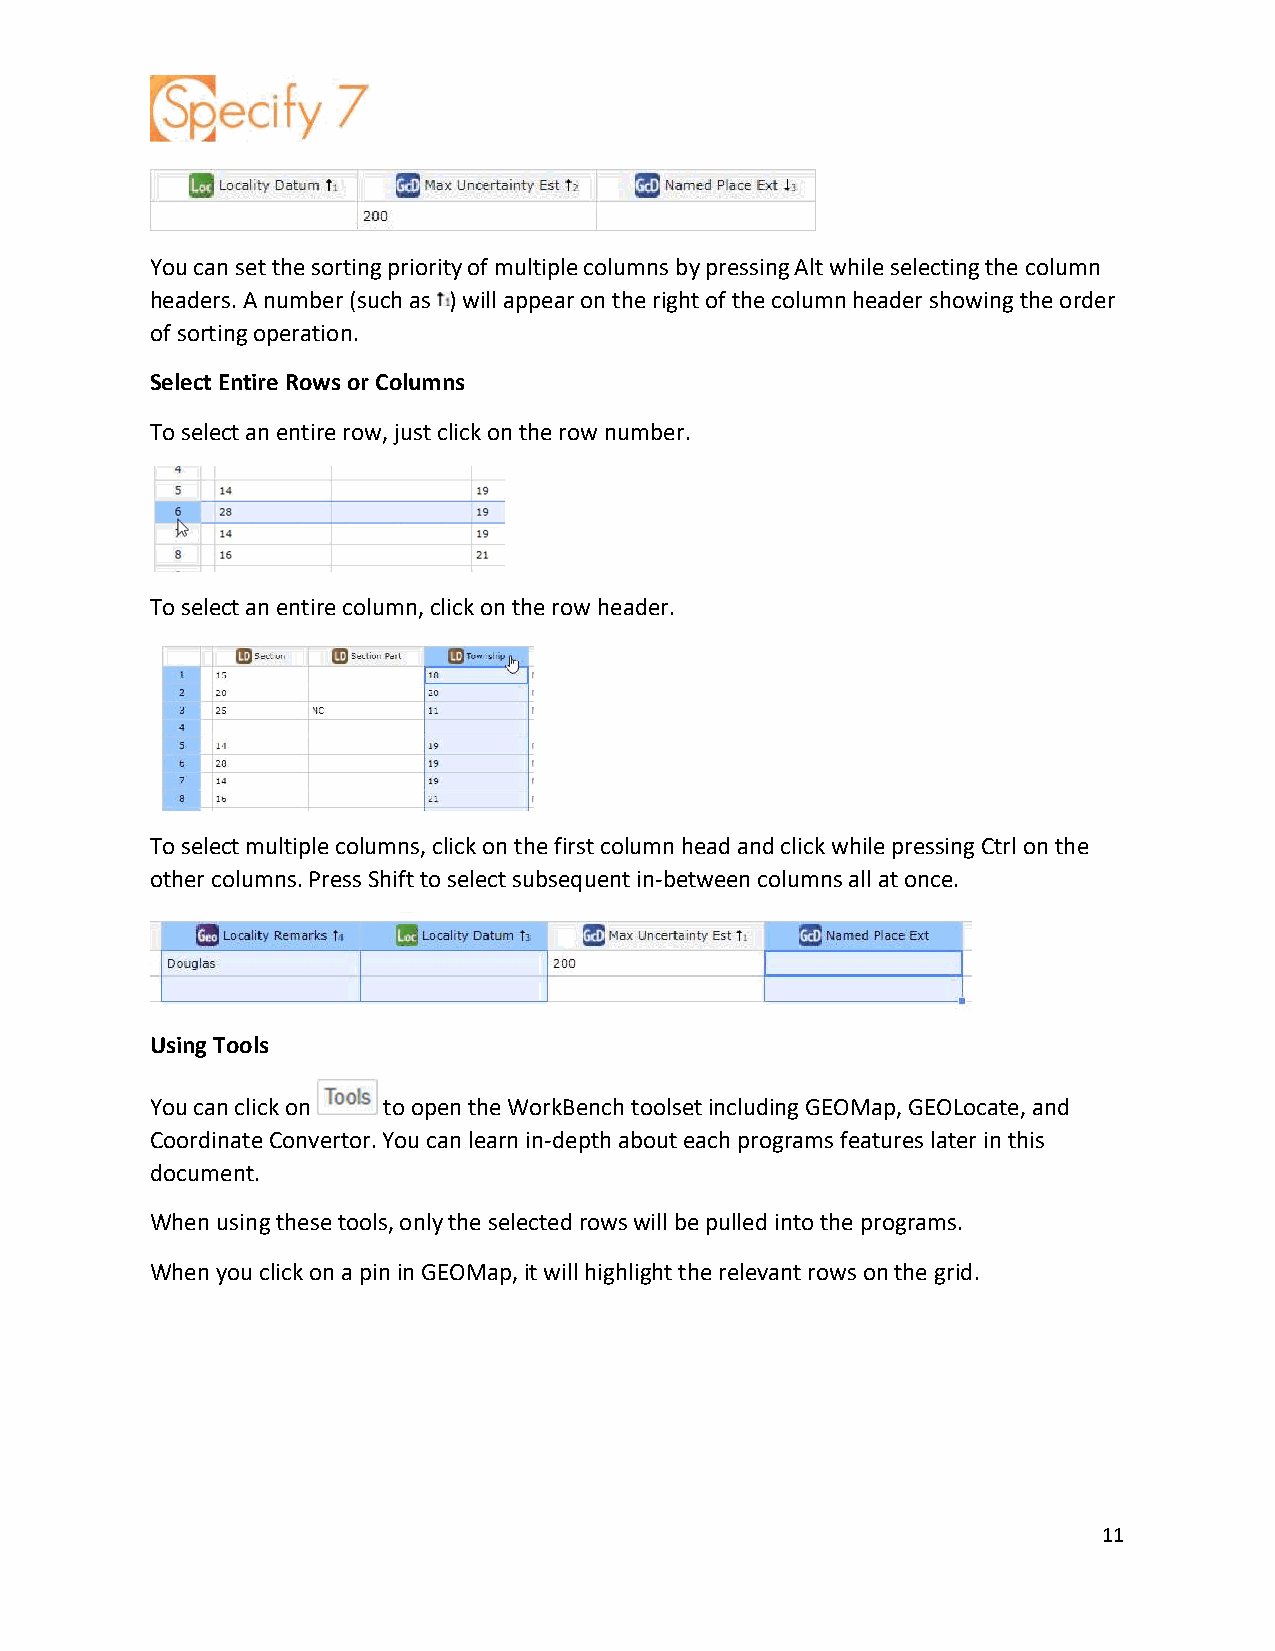
You can set the sorting priority of multiple columns by pressing Alt while selecting the column
 headers. A number (such as ) will appear on the right of the column header showing the order
 of sorting operation.
 Select Entire Rows or Columns
 To select an entire row, just click on the row number.
 To select an entire column, click on the row header.
 To select multiple columns, click on the first column head and click while pressing Ctrl on the
 other columns. Press Shift to select subsequent in-between columns all at once.
 Using Tools
 You can click on to open the WorkBench toolset including GEOMap, GEOLocate, and
 Coordinate Convertor. You can learn in-depth about each programs features later in this
 document.
 When using these tools, only the selected rows will be pulled into the programs.
 When you click on a pin in GEOMap, it will highlight the relevant rows on the grid.
 11